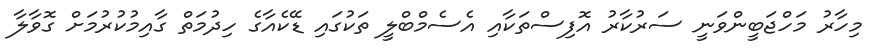
މިހާރު މަހްޖަބީންވަނީ ސަރުކާރު އޮފިސްތަކާއި އެސެމްބްލީ ތަކުގައި ޑޭކެއާގެ ހިދުމަތް ގާއިމުކުރުމަށް ގޮވާލާ